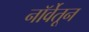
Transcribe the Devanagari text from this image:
नॉर्वेतून